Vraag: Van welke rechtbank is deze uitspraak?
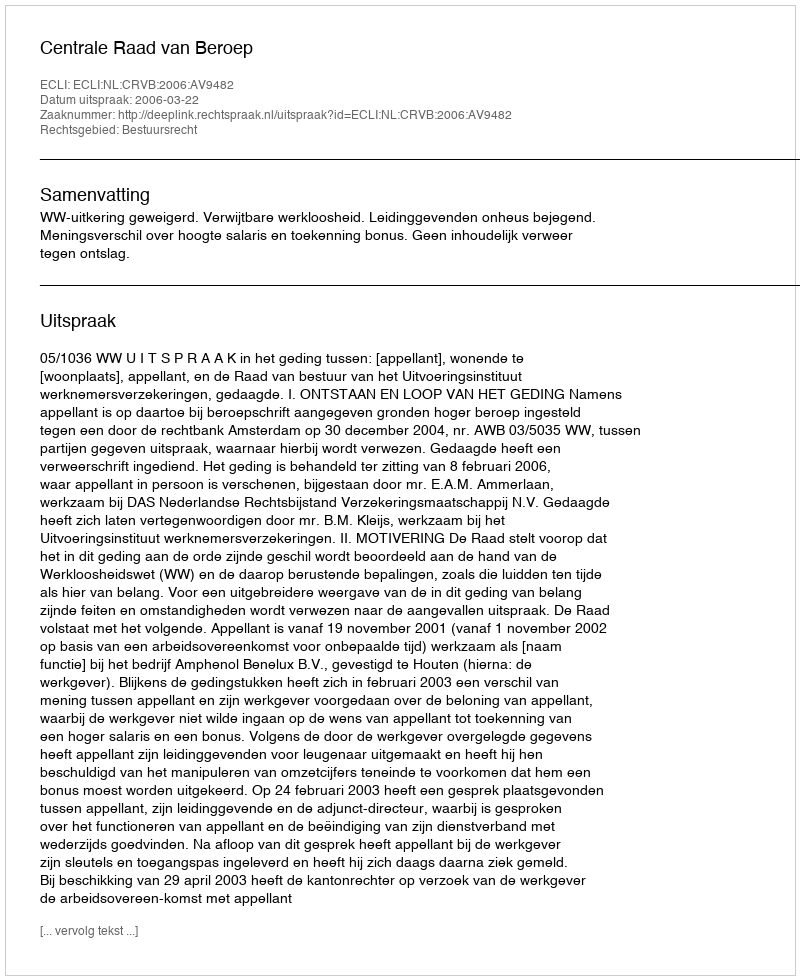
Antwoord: Centrale Raad van Beroep